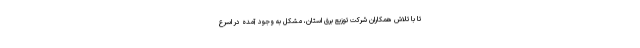
تا با تلاش همکاران شرکت توزیع برق استان، مشکل به وجود آمده در اسرع